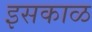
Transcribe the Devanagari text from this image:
इसकाळ